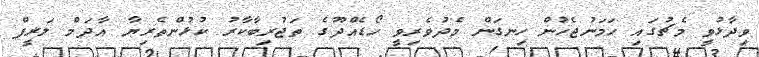
ވިދާޅުވީ މެޗުގައި ހަމަނުޖެހުން ހިނގަން މެދުވެރިވީ ހޯޑެއްދޫގެ ތަޖުރިބާކާރު ކުޅުންތެރިޔާ އާދަމް ލަރީފް